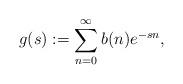
LaTeX: \begin{align*} g(s) := \sum_{n=0}^{\infty} b(n) e^{-sn},\end{align*}